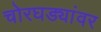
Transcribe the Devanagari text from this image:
चोरघड्यांवर